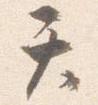
テ